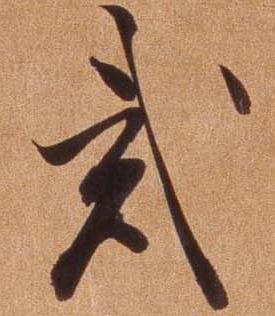
弐